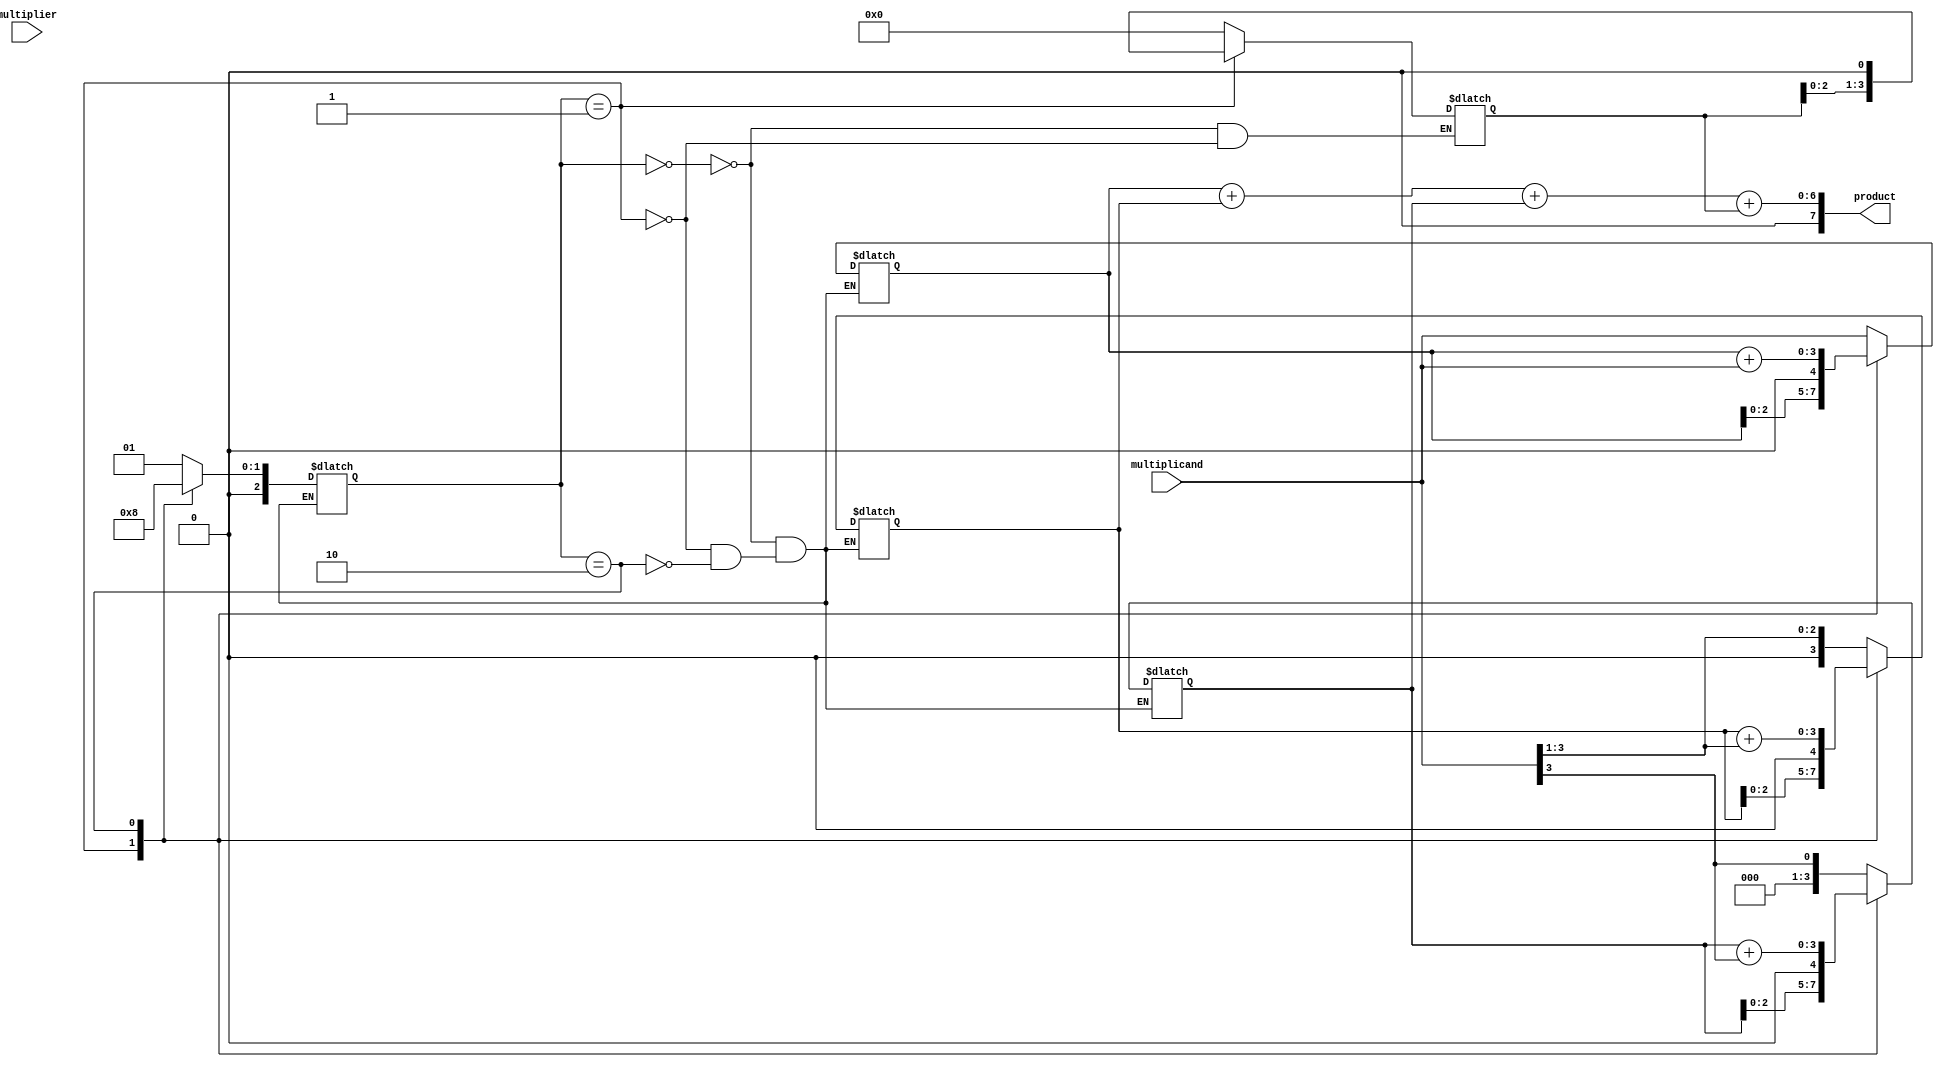
module BoothMultiplier (
    input [3:0] multiplicand,
    input [3:0] multiplier,
    output reg [7:0] product
);

reg [3:0] partial_products [3:0];
reg [3:0] shift_count;
reg [2:0] state;

always @(*) begin
    case (state)
        0: begin
            partial_products[0] <= multiplicand;
            partial_products[1] <= {4'b0, multiplicand[3:1]};
            partial_products[2] <= {4'b0, multiplicand[3]};
            partial_products[3] <= {4'b0, 4'b0};
            shift_count <= 0;
        end
        1: begin
            partial_products[0] <= partial_products[0] << 1;
            partial_products[1] <= partial_products[1] << 1;
            partial_products[2] <= partial_products[2] << 1;
            partial_products[3] <= partial_products[3] << 1;
            shift_count <= shift_count + 1;
        end
        2: begin
            partial_products[0] <= partial_products[0] + multiplicand;
            partial_products[1] <= partial_products[1] + {4'b0, multiplicand[3:1]};
            partial_products[2] <= partial_products[2] + {4'b0, multiplicand[3]};
            partial_products[3] <= partial_products[3];
        end
    endcase
end

always @(*) begin
    case (state)
        0: state <= 1;
        1: state <= 2;
        2: state <= 0;
    endcase
end

assign product = partial_products[0] + partial_products[1] + partial_products[2] + partial_products[3];

endmodule